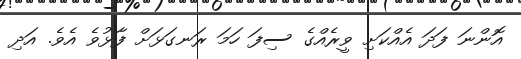
އޮންނަ ފަދަ އެއްކަށި ވީރެއްގެ ސިފަ ހަމަ ރަނގަޅަށް ފާޅުވެ އެވެ. އަދި